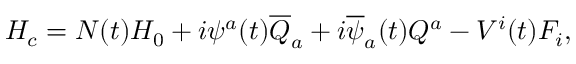
H _ { c } = N ( t ) H _ { 0 } + i \psi ^ { a } ( t ) \overline { { { Q } } } _ { a } + i \overline { { { \psi } } } _ { a } ( t ) Q ^ { a } - V ^ { i } ( t ) { \cal F } _ { i } ,